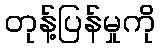
တုန့်ပြန်မှုကို